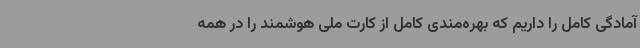
آمادگی کامل را داریم که بهره‌مندی کامل از کارت ملی هوشمند را در همه